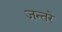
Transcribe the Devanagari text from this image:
जन्तरे